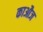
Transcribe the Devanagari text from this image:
काऔज